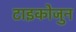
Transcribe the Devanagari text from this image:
टाइकोजुन